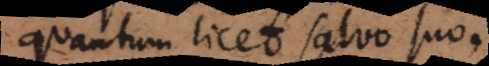
quantum licet salvo suo.